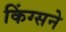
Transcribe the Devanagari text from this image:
किंग्सने